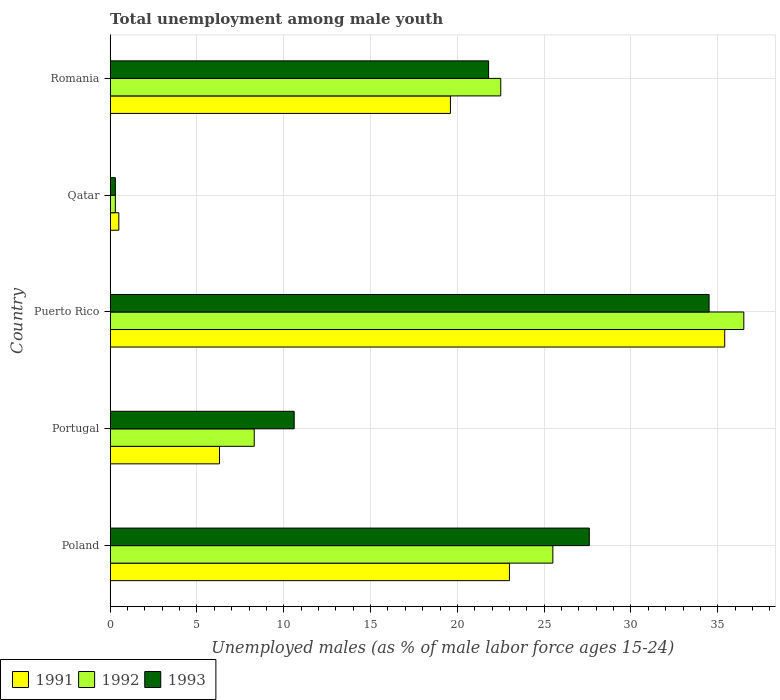
| Country | 1991 | 1992 | 1993 |
 | --- | --- | --- | --- |
 | Poland | 23 | 25.5 | 27.6 |
 | Portugal | 6.3 | 8.3 | 10.6 |
 | Puerto Rico | 35.4 | 36.5 | 34.5 |
 | Qatar | 0.5 | 0.3 | 0.3 |
 | Romania | 19.6 | 22.5 | 21.8 |